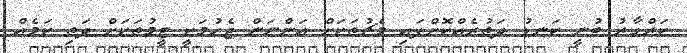
ކަރްގާރު ބުނީ ކަނޑު ދަތުރެއްކޮށްފައި މެޗުތަކަށް އަންނަން ޖެހުމަކީ ޓީމުތަކަށް ދަތި ކަމެއް